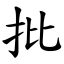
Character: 批